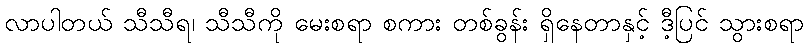
လာပါတယ် သီသီရ၊ သီသီကို မေးစရာ စကား တစ်ခွန်း ရှိနေတာနှင့် ဒီ့ပြင် သွားစရာ